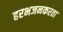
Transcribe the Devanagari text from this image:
हरभजनकरता